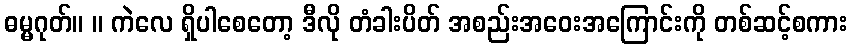
ဓမ္မဂုတ်။ ။ ကဲလေ ရှိပါစေတော့ ဒီလို တံခါးပိတ် အစည်းအဝေးအကြောင်းကို တစ်ဆင့်စကား